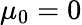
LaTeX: \mu_{0}=0